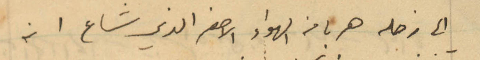
الى زحله هربا من الهواء الاصفر الذي شاع انه